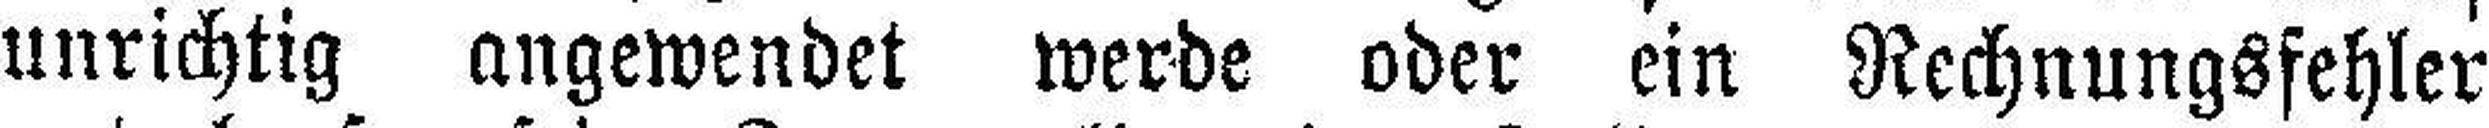
unrichtig angewendet werde oder ein Rechnungsfehler